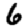
Digit: 6